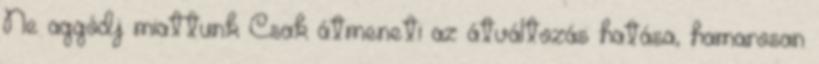
Ne aggódj miattunk Csak átmeneti az átváltozás hatása, hamarosan